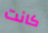
كانت